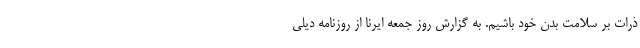
ذرات بر سلامت بدن خود باشیم. به گزارش روز جمعه ایرنا از روزنامه دیلی